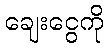
ချေးငွေကို